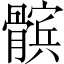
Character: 髌